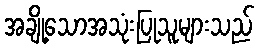
အချို့သောအသုံးပြုသူများသည်